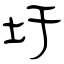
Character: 圩